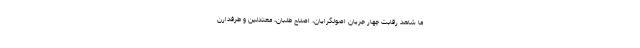
ما شاهد رقابت چهار جریان اصولگرایان، اصلاح طلبان، معتدلین و طرفدارن